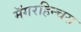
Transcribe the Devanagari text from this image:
मॅगरहिन्चस